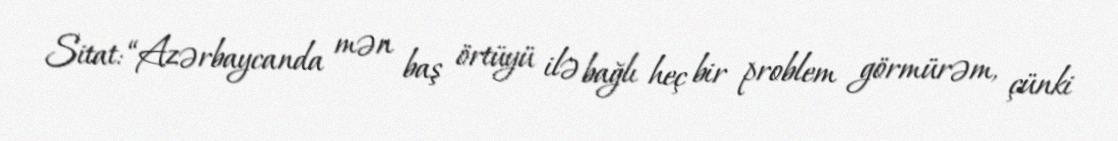
Sitat: “Azərbaycanda mən baş örtüyü ilə bağlı heç bir problem görmürəm, çünki